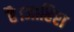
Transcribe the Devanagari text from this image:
है।जाहिरा